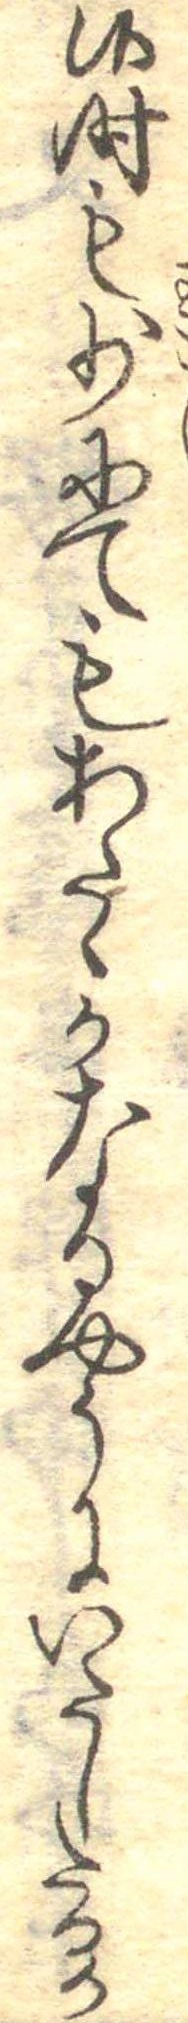
候時も少にてもあたゝかなるやうにいたしたるか